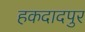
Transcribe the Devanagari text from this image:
हकदादपुर